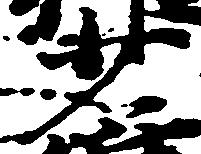
少